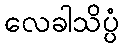
လေခါသိပ္ပံ